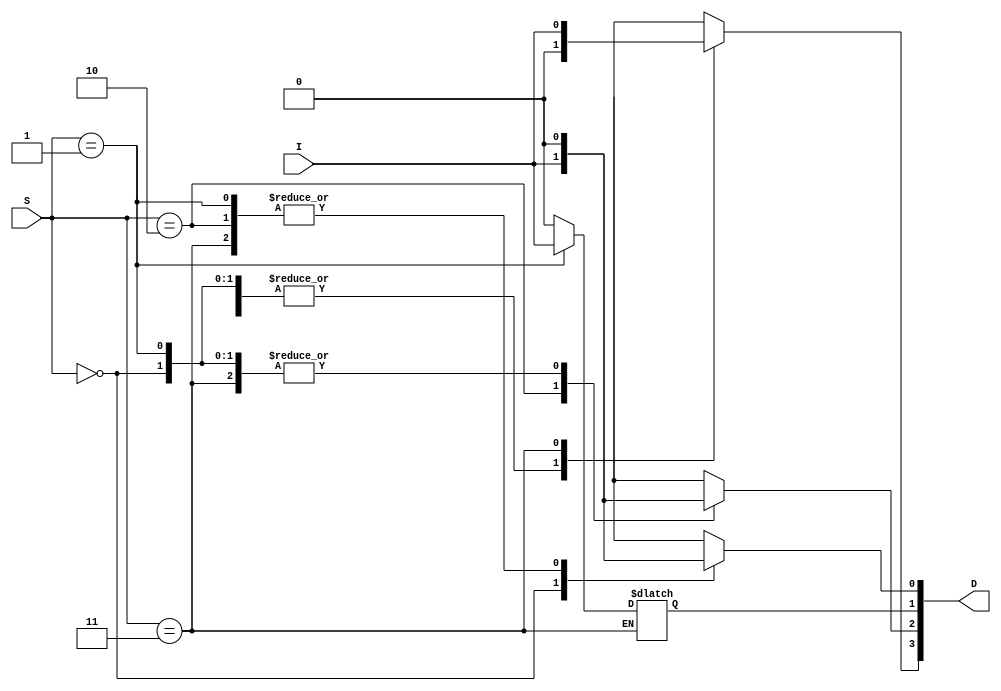
module DEMUX1x4(I,S,D);
input I; input [1:0]S; output reg [3:0]D;
always @(*) begin
case(S)
2'b00: begin D[0]=I; {D[1],D[2],D[3]} = 3'b000; end
2'b01: begin D[1]=I; {D[0],D[2],D[3]} = 3'b000; end
2'b10: begin D[2]=I; {D[0],D[1],D[3]} = 3'b000; end
2'b11: begin D[3]=I; {D[0],D[2],D[0]} = 3'b000; end
endcase end
endmodule